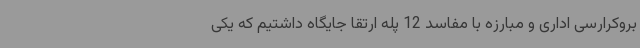
بروکرارسی اداری و مبارزه با مفاسد 12 پله ارتقا جایگاه داشتیم که یکی